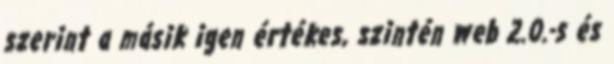
szerint a másik igen értékes, szintén web 2.0.-s és